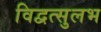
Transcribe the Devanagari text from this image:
विद्वत्सुलभ